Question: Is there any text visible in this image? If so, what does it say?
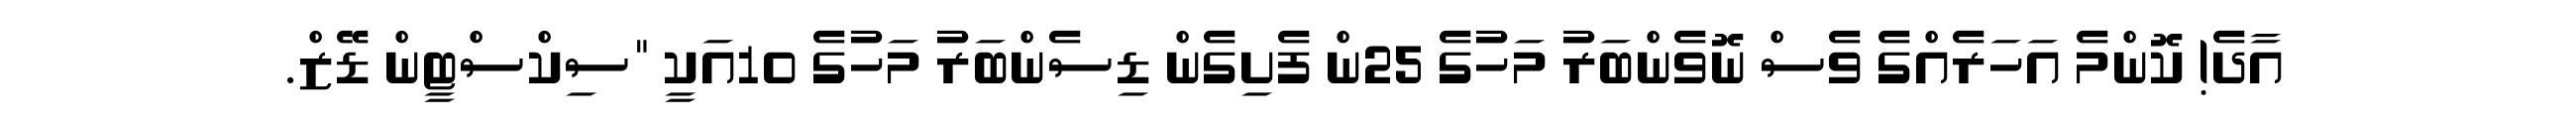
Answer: އާދެ! ކޮންމެ އަހަރެއްގެ ވެސް ނޮވެންބަރު މަހުގެ 25ން ފެށިގެން ޑިސެންބަރު މަހުގެ 10އަކީ "ސިކްސްޓީން ޑޭޒް.